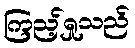
ကြည့်ရှုသည်